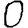
Digit: 0